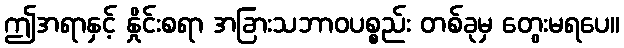
ဤအရာနှင့် နှိုင်းစရာ အခြားသဘာဝပစ္စည်း တစ်ခုမှ တွေးမရပေ။